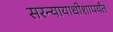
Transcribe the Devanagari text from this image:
सरन्यायाधीशापर्यंत